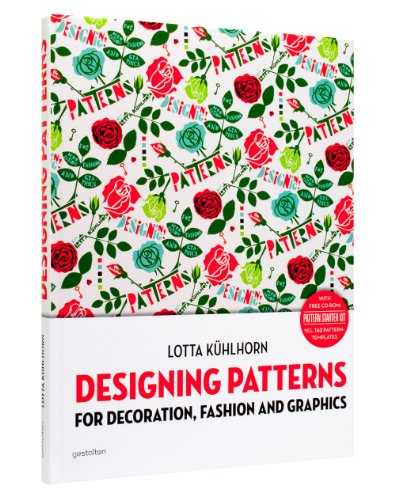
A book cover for Designing Patterns: For Decoration, Fashion and Graphics; Lotta Kuhlhorn; Arts & Photography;